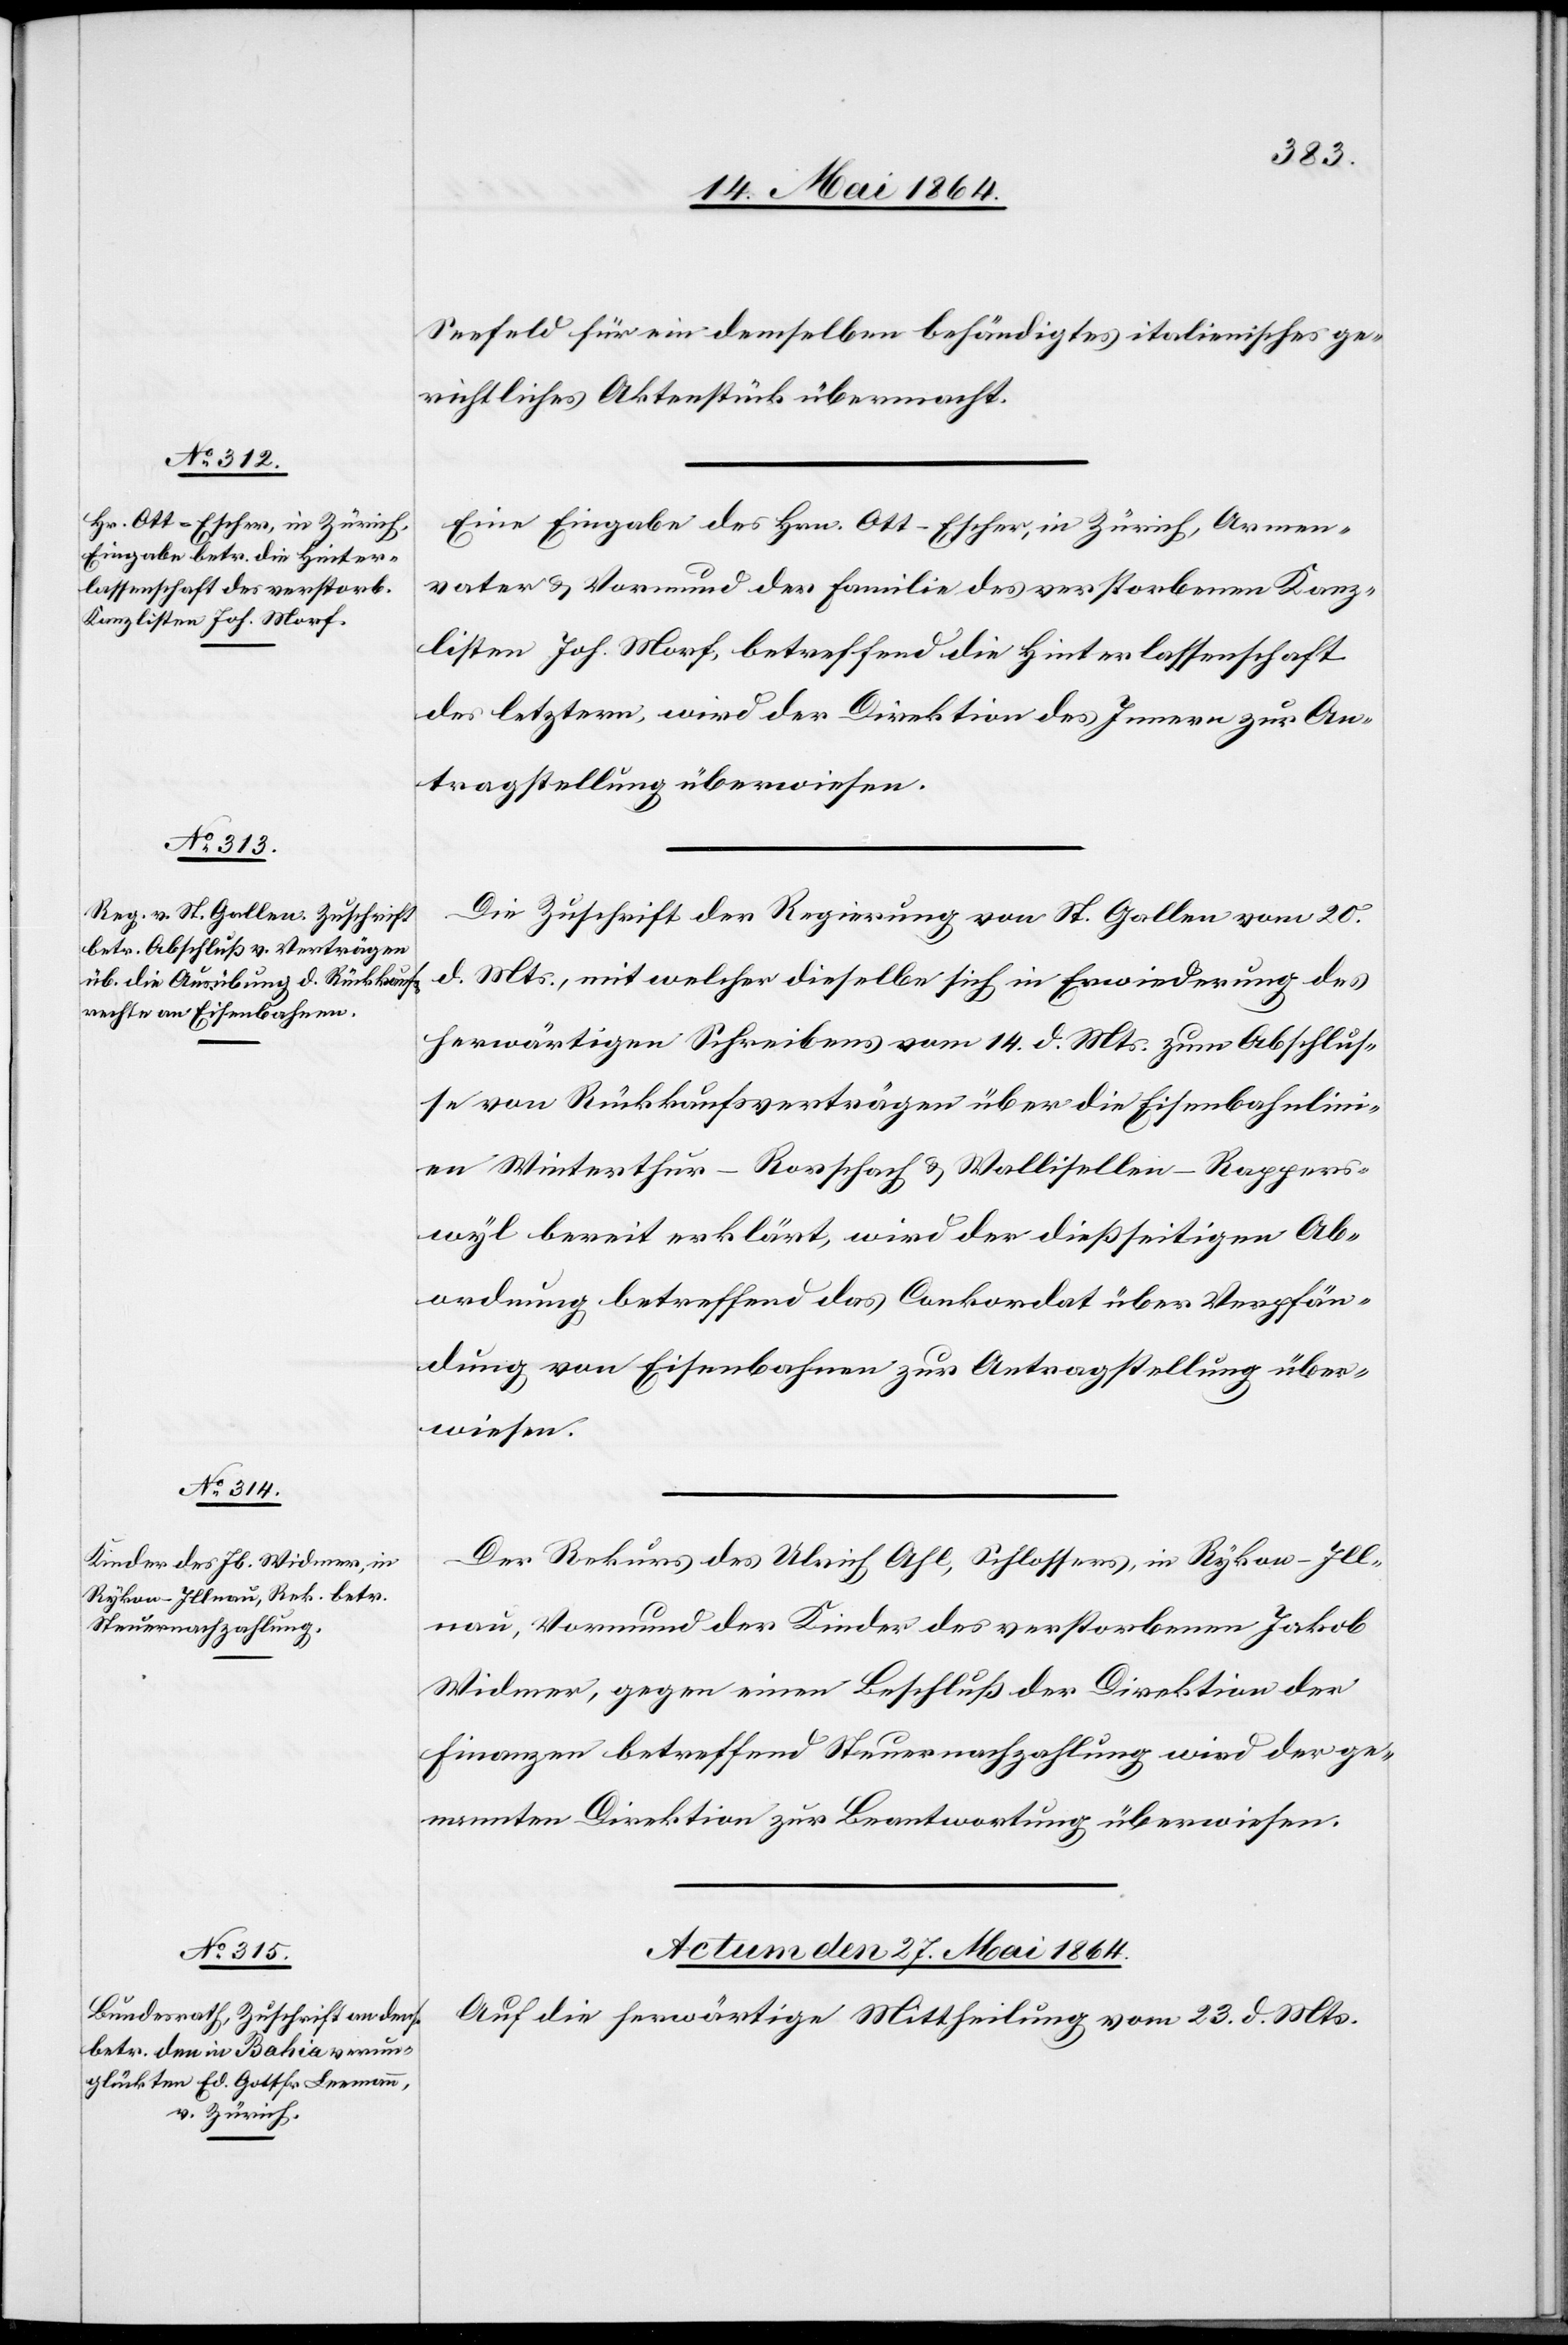
Seefeld für ein demselben behändigtes italienisches ge¬
richtliches Aktenstück übermacht.
Eine Eingabe des Hrn. Ott-Escher, in Zürich, Armen¬
vater u. Vormund der Familie des verstorbenen Kanz¬
listen Joh. Morf, betreffend die Hinterlassenschaft
des letztern, wird der Direktion des Innern zur An¬
tragstellung überwiesen.
Die Zuschrift der Regierung von St. Gallen vom 20.
d. Mts., mit welcher dieselbe sich in Erwiederung des
herwärtigen Schreibens vom 14. d. Mts. zum Abschlus¬
se von Rückkaufsverträgen über die Eisenbahnlini¬
en Winterthur–Rorschach u. Wallisellen–Rappers¬
wyl bereit erklärt, wird der dießseitigen Ab¬
ordnung betreffend das Conkordat über Verpfän¬
dung von Eisenbahnen zur Antragstellung über¬
wiesen.
Der Rekurs des Ulrich Ahl, Schlossers, in Rykon–Ill¬
nau, Vormund der Kinder des verstorbenen Jakob
Widmer, gegen einen Beschluß der Direktion der
Finanzen betreffend Steuernachzahlung wird der ge¬
nannten Direktion zur Beantwortung überwiesen.
Actum den 27. Mai 1864.
Auf die herwärtige Mittheilung vom 23. d. Mts.